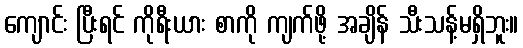
ကျောင်း ပြီးရင် ကိုရီးယား စာကို ကျက်ဖို့ အချိန် သီးသန့်မရှိဘူး။